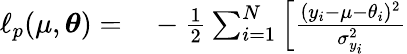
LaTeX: \begin{array}{rl}{\ell_{p}(\mu,\boldsymbol{\theta})=}&{{}-\frac{1}{2}\sum_{i=1}^{N}\left[\frac{(y_{i}-\mu-\theta_{i})^{2}}{\sigma_{y_{i}}^{2}}\right.}\end{array}